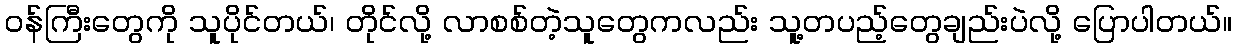
၀န်ကြီးတွေကို သူပိုင်တယ်၊ တိုင်လို့ လာစစ်တဲ့သူတွေကလည်း သူ့တပည့်တွေချည်းပဲလို့ ပြောပါတယ်။